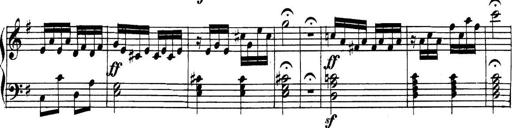
Title: Collected Piano Sonatas
Composer: Muzio Clementi